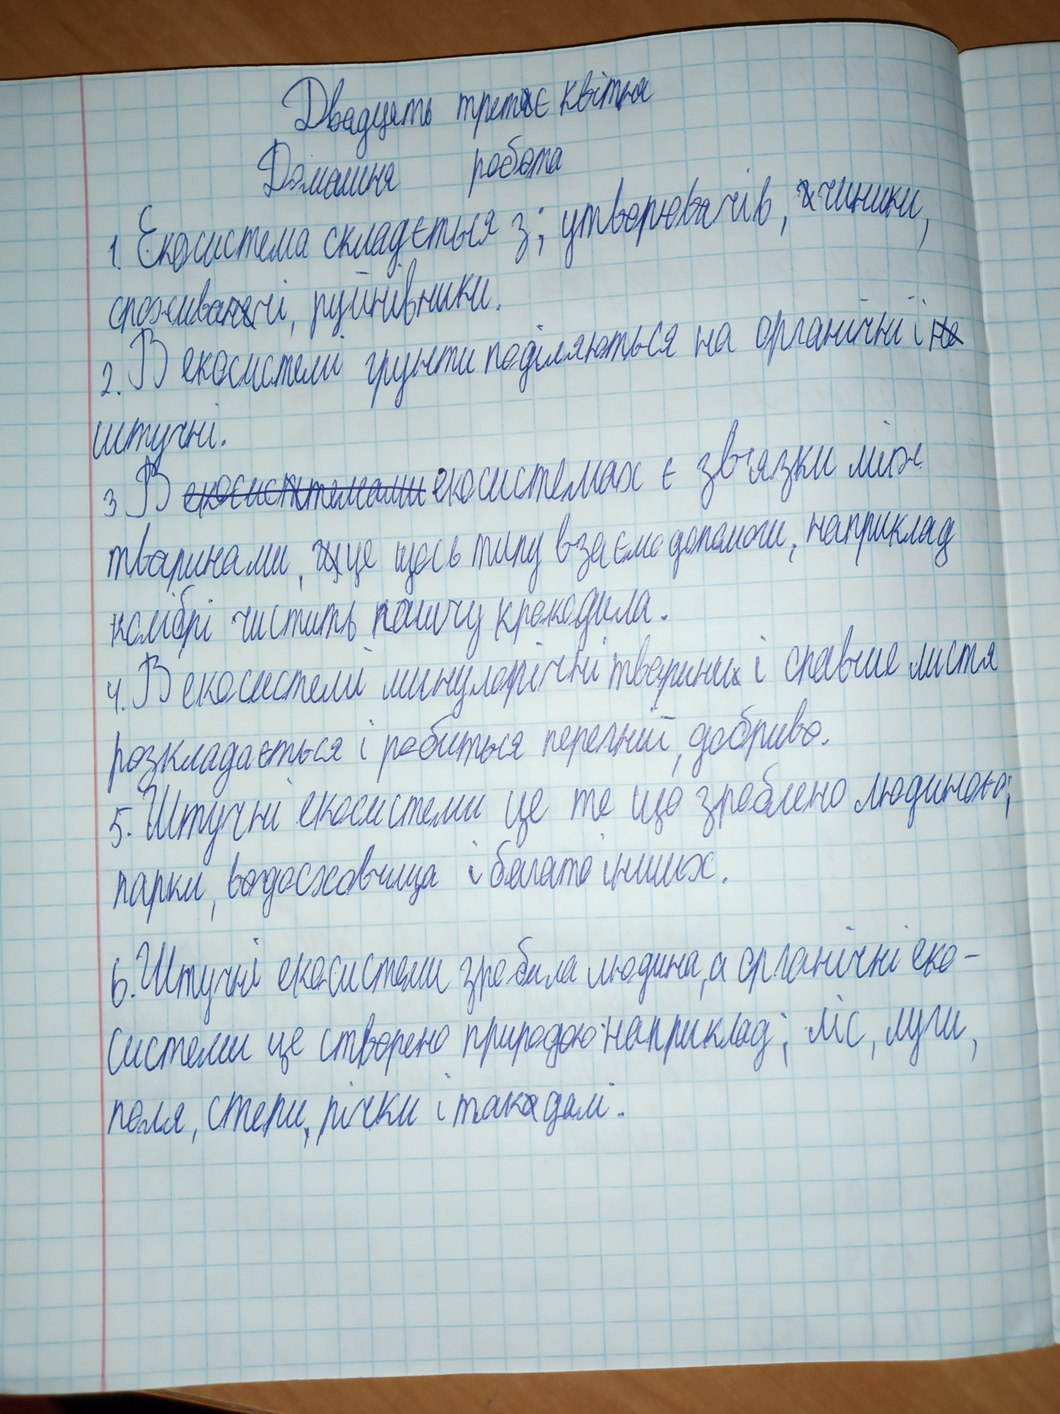
Двадцять третє квітня
Домашня робота
1. Екосистема складається з; утворювачів, ~~г~~ чиники,
споживанчі, руйнівники.
2. В екосистемі грунти поділяються на органічні і ~~не~~ штучні.
штучні.
В ~~екрсистемами~~ екосистемах є зв'язки між
тваринами, ~~щ~~ це щось типу взаємодопомоги, наприклад
колібрі чистить пашчу крокодила.
4. В екосистемі минулоічні тварини і спавше листя
розкладається і робиться перегній, добриво.
5. Штучні екосистеми це те що зроблено людиною:
парки, водосховища і багато інших.
6. Штучні екосистеми зробила людина, а органічні еко-
Системи це створено природою наприклад; ліс, луги,
поля, степи, річки і так~~а~~ далі.